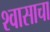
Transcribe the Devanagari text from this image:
श्वासाचा